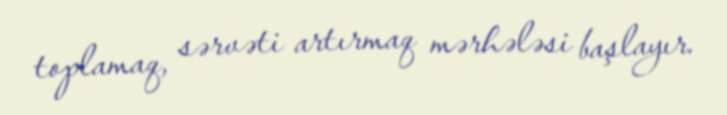
toplamaq, sərvəti artırmaq mərhələsi başlayır.